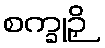
စက္ခုဉှိ